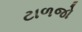
ટાળજો